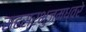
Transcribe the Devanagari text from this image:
सहस्रभुजमध्वरे